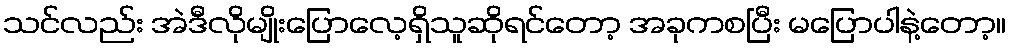
သင်လည်း အဲဒီလိုမျိုးပြောလေ့ရှိသူဆိုရင်တော့ အခုကစပြီး မပြောပါနဲ့တော့။